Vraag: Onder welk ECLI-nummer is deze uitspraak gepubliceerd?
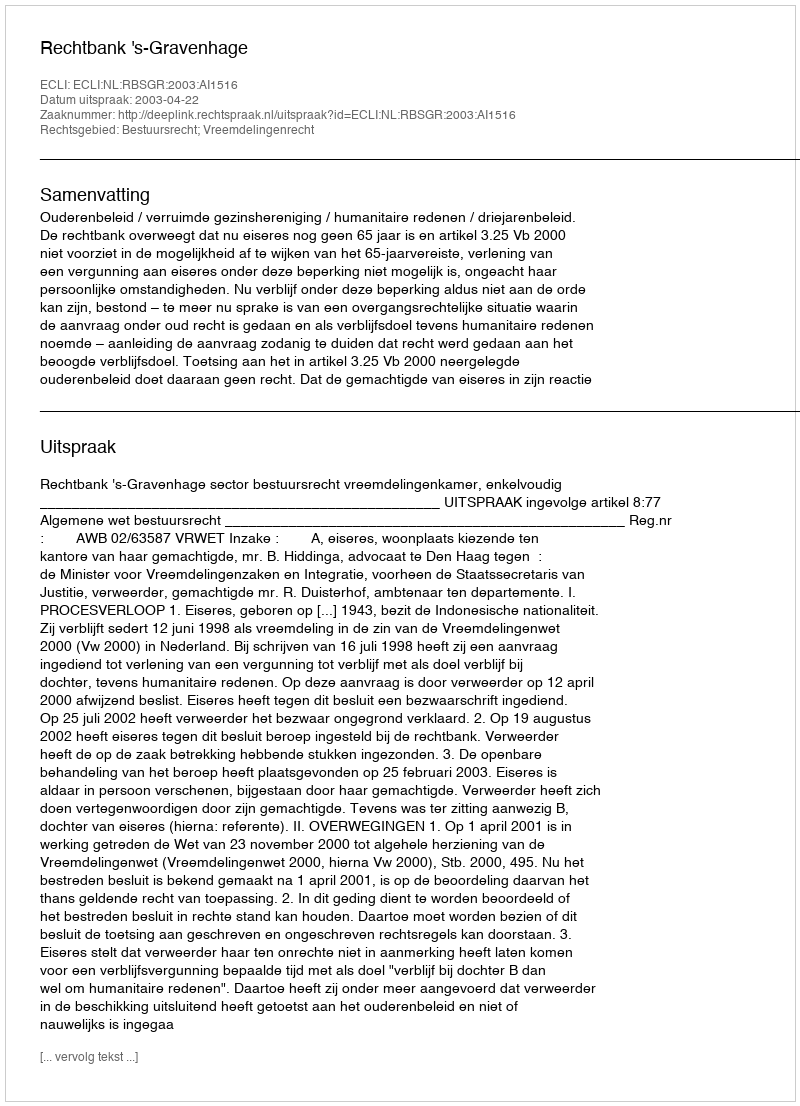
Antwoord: ECLI:NL:RBSGR:2003:AI1516